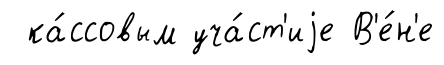
ка́ссовым уча́ст'иjе В'е́н'е